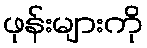
ဖုန်းများကို